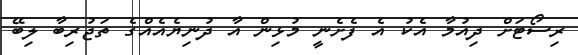
ރިސޯޓަށް ދިއުމާ އެކު އެ ފެށެނީ މުޅިން އާ ދުނިޔެއެއްގެ ތަޖުރިބާ ލިބޭ